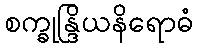
စက္ခုန္ဒြိယနိရောဓံ